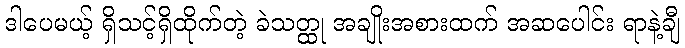
ဒါပေမယ့် ရှိသင့်ရှိထိုက်တဲ့ ခဲသတ္ထု အချိုးအစားထက် အဆပေါင်း ရာနဲ့ချီ